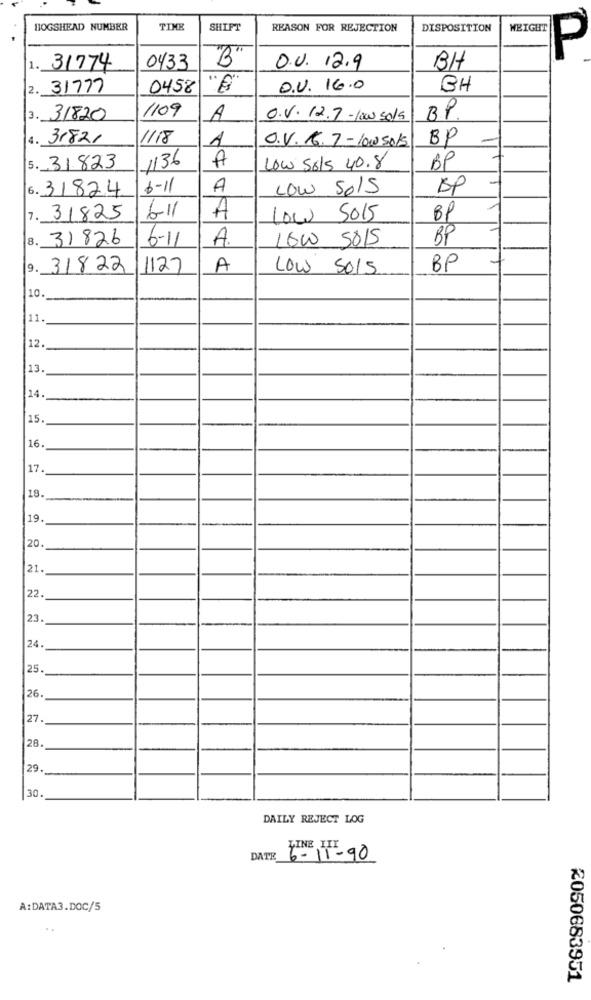
BOGSHEAD NUMBER
TIME
SHIFT
REASON FOR REJECTION
DISPOSITION
WEIGHT
P
1.
31774
0433
B
0.0. 12.9
BH
2.
31777
0458
O.U. 16.0
BH
1109
3. 31820
A
0.V.12.7 -100 sols
BP.
4. 31821
1118
A
BP
O.V. 16. 7 - low sols
1136
A
5. 31823
Low Sols 40.8
BP
6. 31824
6-11
A
LOW SOIS
BP
7. 31825
6-11
A
LOW 5015
BP
8.
31826
A.
BP
6-11
9.
31822
1127
A
LOW SOIS
BP
10.
11.
12.
13.
14.
15
16.
17.
18.
19.
20
21.
22.
23
24.
25
26
27.
28
29.
30.
DAILY REJECT LOG
DATE
FINE 1 -90
A:DATA3.DOC/5
2050683951